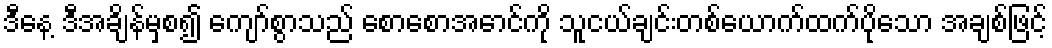
ဒီနေ့ ဒီအချိန်မှစ၍ ကျော်စွာသည် စောစောအောင်ကို သူငယ်ချင်းတစ်ယောက်ထက်ပိုသော အချစ်ဖြင့်